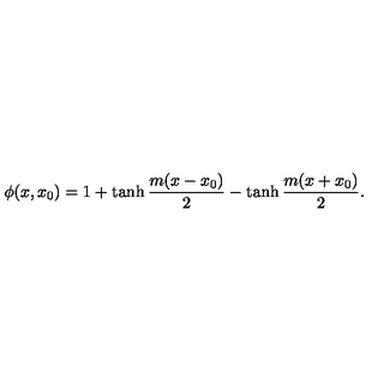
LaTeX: \phi ( x , x _ { 0 } ) = 1 + \tanh \frac { m ( x - x _ { 0 } ) } { 2 } - \tanh \frac { m ( x + x _ { 0 } ) } { 2 } .